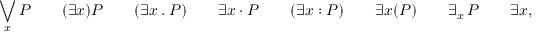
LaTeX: \bigvee _ { x } P \qquad ( \exists { x } ) P \qquad ( \exists x \ . \ P ) \qquad \exists x \ \cdot \ P \qquad ( \exists x : P ) \qquad \exists { x } ( P ) \qquad \exists _ { x } \, P \qquad \exists { x } { , } \, P \qquad \exists { x } { \in } X \, P \qquad \exists \, x { : } X \, P